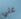
علي